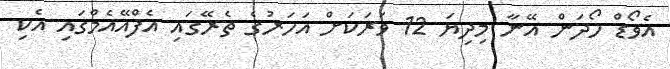
އެވޯޑް ހޯދަން އޭނާ މިދިޔަ 12 ވަރަކަށް އަހަރުގެ ތެރޭގައި އެފްއޭއެމްގައި އެކި